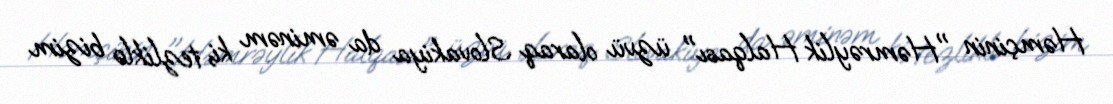
Həmçinin "Həmrəylik Halqası" üzvü olaraq Slovakiya da əminəm ki, tezliklə bizim